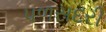
પળસદરી